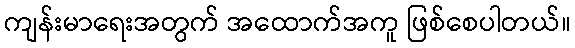
ကျန်းမာရေးအတွက် အထောက်အကူ ဖြစ်စေပါတယ်။